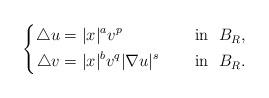
LaTeX: \begin{align*}\left\{\begin{aligned}\triangle u&=|x|^av^p &&\quad\mbox{ in }\ B_{R}, \\\triangle v&=|x|^{b}v^q|\nabla u|^{s} &&\quad\mbox{ in }\ B_{R}.\end{aligned}\right.\end{align*}